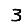
Digit: 3